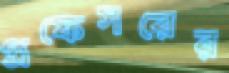
প্রফেসরের